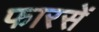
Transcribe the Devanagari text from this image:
फारसें